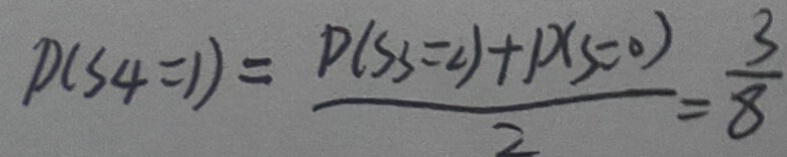
P ( S _ { 4 } = 1 ) = \frac { P ( S _ { 3 } = 2 ) + P ( s = 0 ) } { 2 } = \frac { 3 } { 8 }